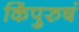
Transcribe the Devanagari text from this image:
किंपुरुषं